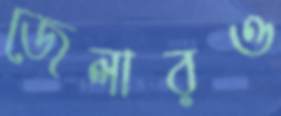
জেলারও